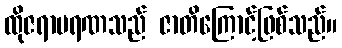
ထိုဇရာမရဏသည် ဇာတိကြောင့်ဖြစ်သည်။